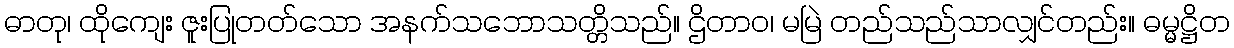
ဓာတု၊ ထိုကျေး ဇူးပြုတတ်သော အနက်သဘောသတ္တိသည်။ ဌိတာဝ၊ မမြဲ တည်သည်သာလျှင်တည်း။ ဓမ္မဋ္ဌိတ